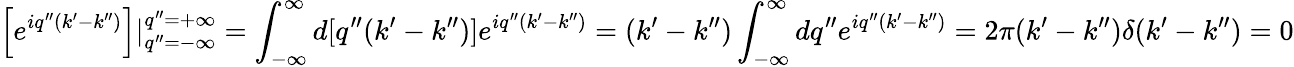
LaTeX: \left[e^{iq^{\prime\prime}(k^{\prime}-k^{\prime\prime})}\right]|_{q^{\prime\prime}=-\infty}^{q^{\prime\prime}=+\infty}=\int_{-\infty}^{\infty}d[q^{\prime\prime}(k^{\prime}-k^{\prime\prime})]e^{iq^{\prime\prime}(k^{\prime}-k^{\prime\prime})}=(k^{\prime}-k^{\prime\prime})\int_{-\infty}^{\infty}dq^{\prime\prime}e^{iq^{\prime\prime}(k^{\prime}-k^{\prime\prime})}=2\pi(k^{\prime}-k^{\prime\prime})\delta(k^{\prime}-k^{\prime\prime})=0